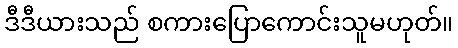
ဒီဒီယားသည် စကားပြောကောင်းသူမဟုတ်။